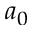
a _ { 0 }